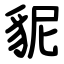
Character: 䝚